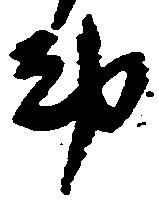
都